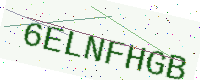
Text: 6ELNFHGB